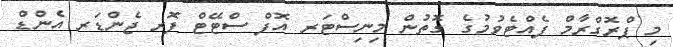
މި ޕްރޮގްރާމް ފެއްޓެވުމުގެ ގޮތުން މިނިސްޓަރ އޮފް ސްޓޭޓް ފޮރ ޖެންޑަރ އެންޑް